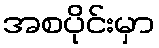
အစပိုင်းမှာ